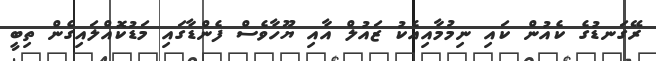
ރޭގަނޑުގެ ކެއުން ކައި ނިމުމާއިއެކު ޒައުލް އާއި ޔޫހާވެސް ފެންޑާގައި މަޑުކޮއްލައިގެން ތިބީ